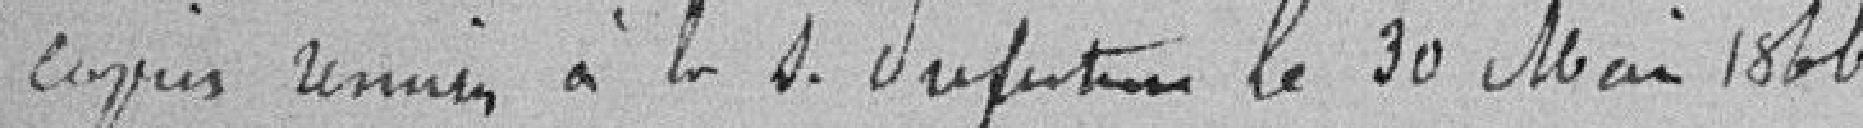
2 copies remises à la sous préfecture le 30 mai 1866